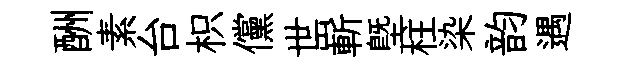
酬素台枳儻世嶄塈柱染韵遇